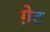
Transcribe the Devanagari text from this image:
ग़ेट